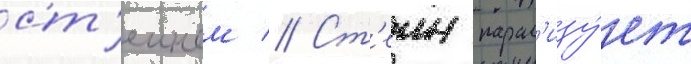
ст'еином // Ст'еин парал'изу́ет